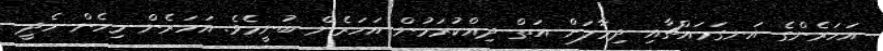
އަހަރެންގެ އަނގަމައްޗާއި ދިމާލަށް އަތް ދިއްކުރަމުން އަހަރެން ބުނީމެވެ. އަހަރެން މިހެން ހެދީ